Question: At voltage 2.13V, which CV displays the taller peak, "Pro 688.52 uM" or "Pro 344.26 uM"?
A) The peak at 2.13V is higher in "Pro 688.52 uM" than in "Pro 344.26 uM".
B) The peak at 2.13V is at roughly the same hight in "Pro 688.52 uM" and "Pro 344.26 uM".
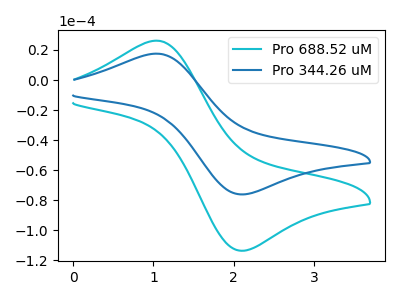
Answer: <think>The cyan curve "Pro 688.52 uM" has an anodic peak at (1.00V, 26.20uA) and a cathodic peak at (2.15V, -113.65uA). The blue curve "Pro 344.26 uM" has an anodic peak at (1.00V, 17.55uA) and a cathodic peak at (2.15V, -76.15uA).</think>
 <answer>A) The peak at 2.13V is higher in "Pro 688.52 uM" than in "Pro 344.26 uM".</answer>
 <eval>A</eval>